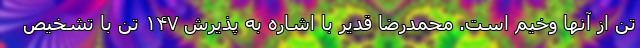
تَن از آنها وخیم است. محمدرضا قدیر با اشاره به پذیرش ۱۴۷ تَن با تشخیص